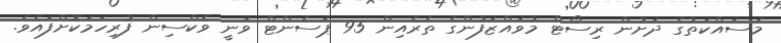
މަސައްކަތުގެ ދަށުން ރިސޯޓް މުވައްޒަފުންގެ ތެރެއިން 95 ޕަސެންޓް ވަނީ ވެކްސިން ފުރިހަމަކޮށްފައެވެ.